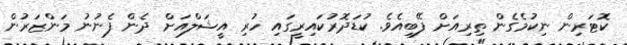
ކޮޓަރިން ނިކުމެގެން ތިރިއަށް ފޭބިއެވެ. ކުޑަދޮރުކައިރީގައި ހުރި އީޝަލްއަށް ދެން ފެނުނު މަންޒަރުން